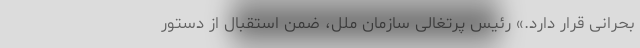
بحرانی قرار دارد.» رئيس پرتغالی سازمان ملل، ضمن استقبال از دستور